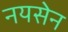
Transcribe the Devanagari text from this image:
नयसेन